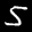
Label: 5